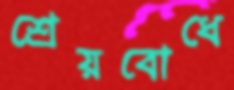
শ্রেয়বোধে